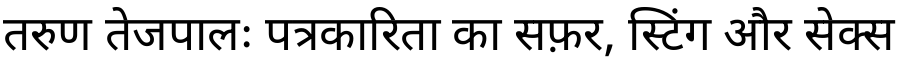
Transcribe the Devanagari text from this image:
तरुण तेजपालः पत्रकारिता का सफ़र, स्टिंग और सेक्स